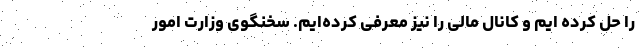
را حل کرده ایم و کانال مالی را نیز معرفی کرده‌ایم. سخنگوی وزارت امور